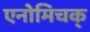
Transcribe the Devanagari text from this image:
एनोमिचक्